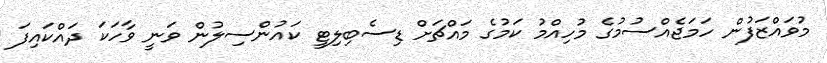
މުވައްޒަފުން ހަމަޖެއްސުމުގެ މުހިއްމު ކަމުގެ މައްޗަށް ޑިސެބިލިޓީ ކައުންސިލުން ވަނީ ވާހަކަ ދައްކައިފަ